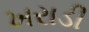
ખરાડી